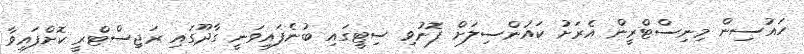
ހައުސިން މިނިސްޓްރީން އެރަށު ކައުންސިލަށް ފޮނުވި ސިޓީގައި ބުނެފައިވަނީ ގާދޫގައި ރަޖިސްޓްރީ ކޮށްފައިވާ